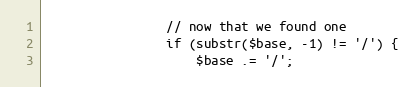
Language: PHP
                // now that we found one
                if (substr($base, -1) != '/') {
                    $base .= '/';